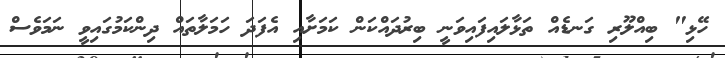
ހޭޅި" ބިއްލޫރި ގަނޑެއް ތަޅާލައިފައިވަނީ ބިރުދައްކަން ކަމަށާއި އެފަދަ ހަމަލާތައް ދިންކަމުގައިވީ ނަމަވެސް